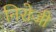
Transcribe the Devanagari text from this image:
निरोजी